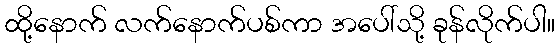
ထို့နောက် လက်နောက်ပစ်ကာ အပေါ်သို့ ခုန်လိုက်ပါ။